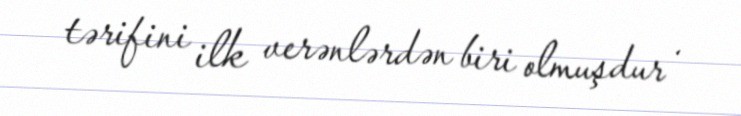
tərifini ilk verənlərdən biri olmuşdur .